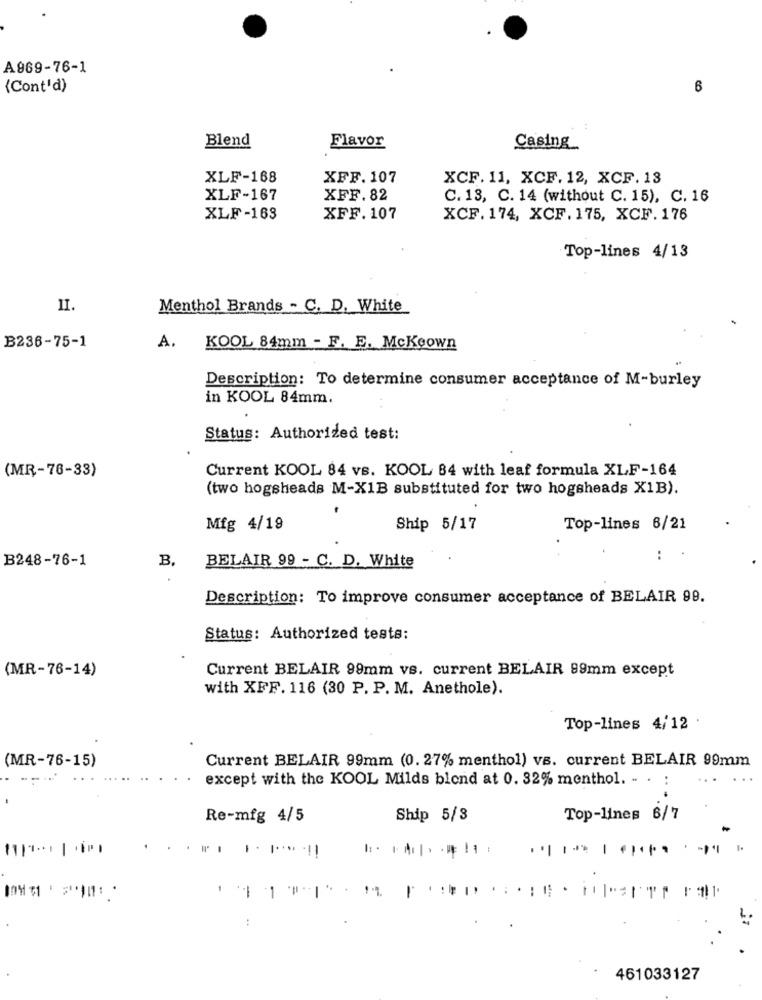
A969-76-1
{Cont'd)
6
Blend
Flavor
Casing
XLF-168
XFF. 107
XCF.11, XCF. 12, XCF. 13
XLF-167
XFF.82
C. 13, C. 14 (without C. 15), C. 16
XLF-163
XFF. 107
XCF. 174, XCF. 175, XCF. 176
Top-lines 4/13
II.
Menthol Brands - C. D. White
B236-75-1
A.
KOOL 84mm - F. E. Mckeown
Description: To determine consumer acceptance of M-burley
in KOOL 84mm.
Status: Authorized test:
(MR-76-33)
Current KOOL 84 vs. KOOL 84 with leaf formula XLF-164
(two hogsheads M-X1B substituted for two hogsheads X1B).
Mfg 4/19
Ship 5/17
Top-lines 6/21
B248-76-1
B.
:
BELAIR 99 - C. D. White
Description: To improve consumer acceptance of BELAIR 99.
Status: Authorized tests:
(MR-76-14)
Current BELAIR 99mm vs. current BELAIR 99mm except
with XFF. 116 (30 P. P. M. Anethole).
Top-lines 4/12
(MR-76-15)
Current BELAIR 99mm (0.27% menthol) vs. current BELAIR 99mm
except with the KOOL Milds blond at 0. 32% menthol. - . :
Re-mfg 4/5
Ship 5/3
Top-lines 6/7
-
461033127